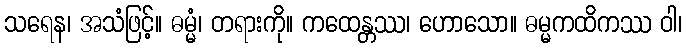
သရေန၊ အသံဖြင့်။ ဓမ္မံ၊ တရားကို။ ကထေန္တဿ၊ ဟောသော။ ဓမ္မကထိကဿ ဝါ၊